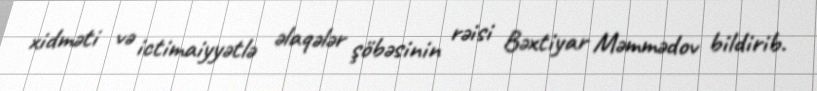
xidməti və ictimaiyyətlə əlaqələr şöbəsinin rəisi Bəxtiyar Məmmədov bildirib.